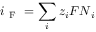
\boldsymbol { i } _ { \mathrm { ~ F ~ } } = \sum _ { i } z _ { i } F \boldsymbol { N } _ { i }